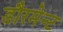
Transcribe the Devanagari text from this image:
डौरमेन्ट